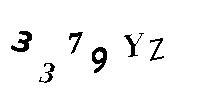
3379YZ